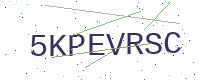
Text: 5KPEVRSC